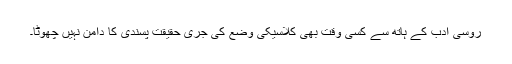
روسی ادب کے ہاتھ سے کسی وقت بھی کلاسیکی وضع کی جری حقیقت پسندی کا دامن نہیں چھوٹا۔